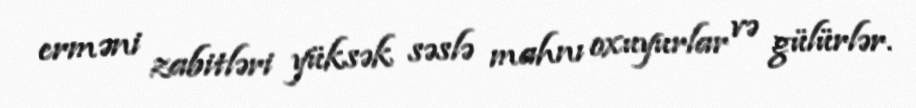
erməni zabitləri yüksək səslə mahnı oxuyurlar və gülürlər.